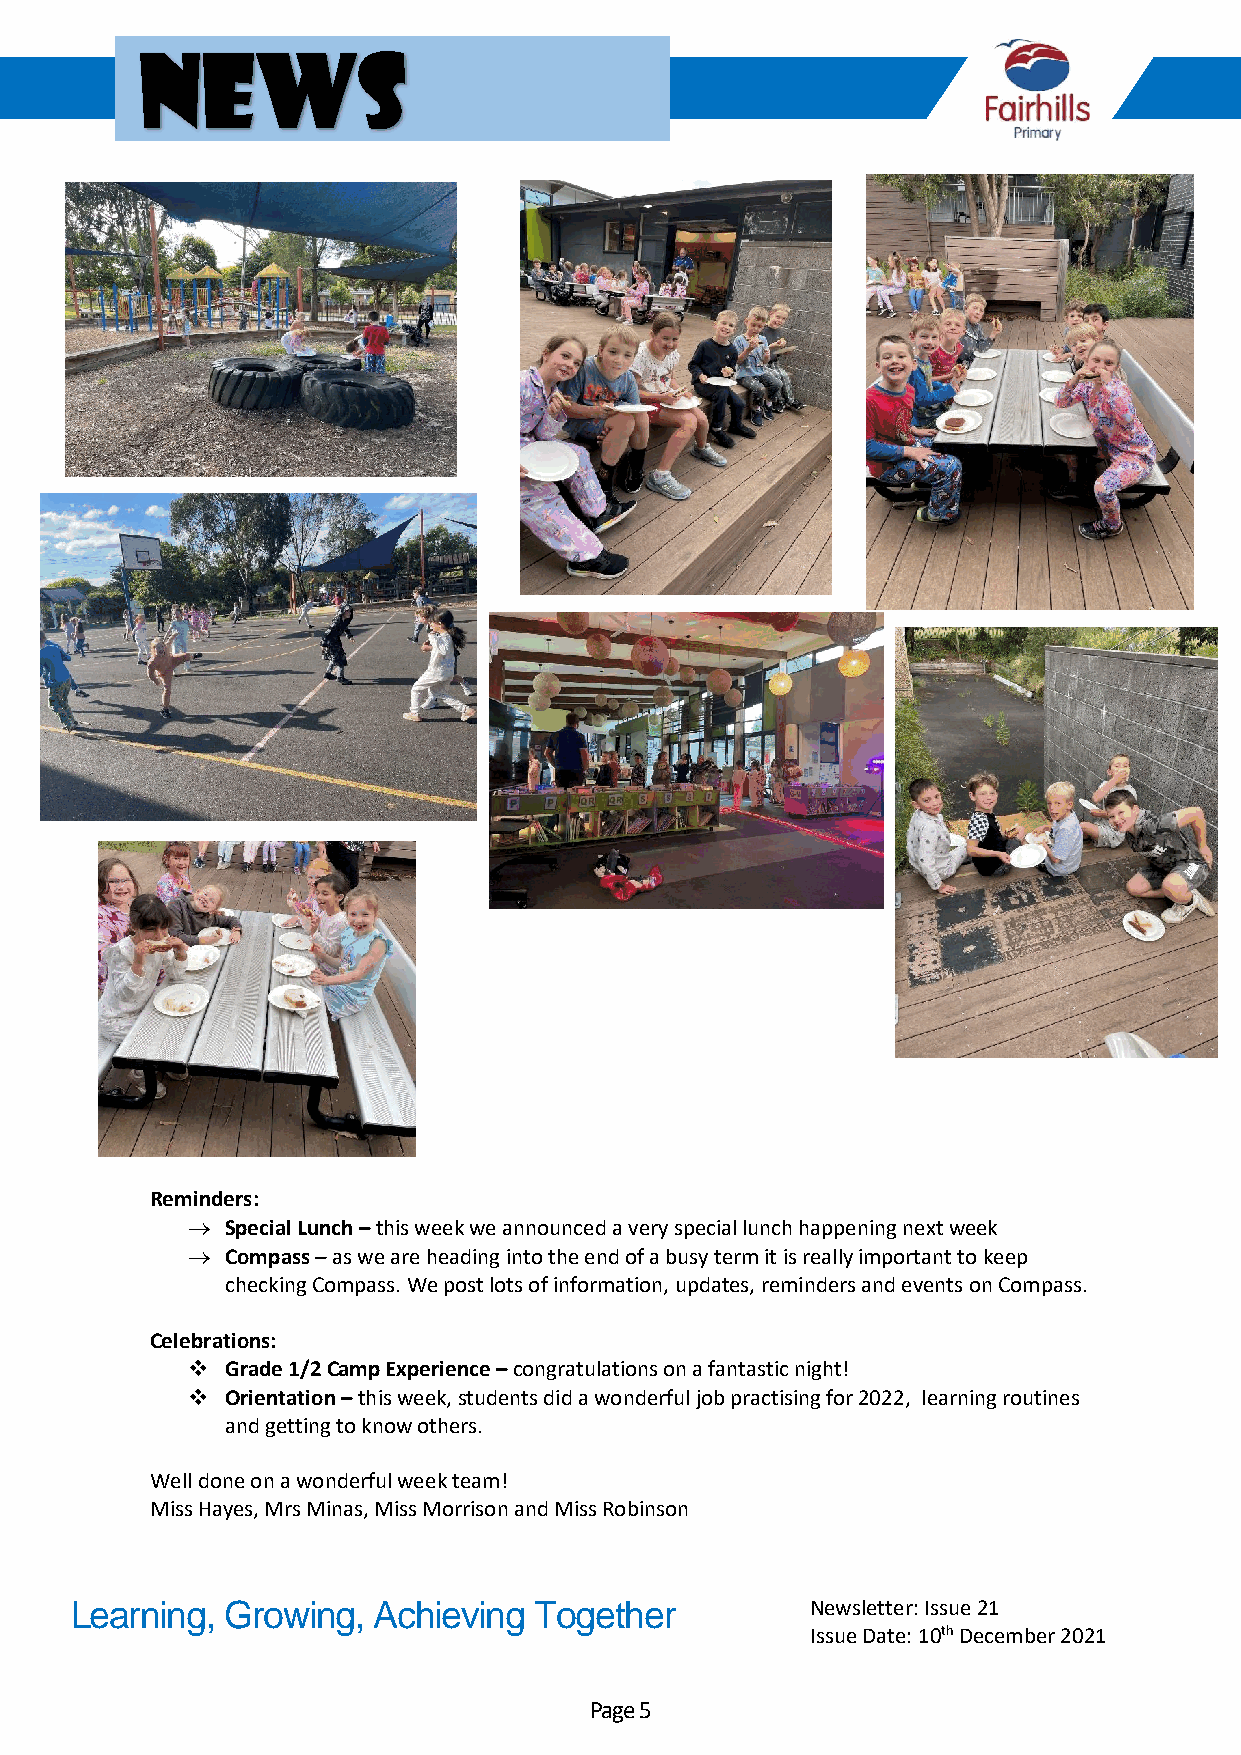
News
 Reminders:
 →  Special Lunch – this week we announced a very special lunch happening next week
 →  Compass – as we are heading into the end of a busy term it is really important to keep
 checking Compass. We post lots of information, updates, reminders and events on Compass.
 Celebrations:
 ❖  Grade 1/2 Camp Experience – congratulations on a fantastic night!
 ❖  Orientation – this week, students did a wonderful job practising for 2022, learning routines
 and getting to know others.
 Well done on a wonderful week team!
 Miss Hayes, Mrs Minas, Miss Morrison and Miss Robinson
 Learning, Growing,  Achieving Together           Newsletter: Issue 21
 Issue Date: 10th December 2021
 Page 5